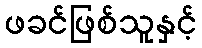
ဖခင်ဖြစ်သူနှင့်